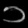
Digit: ၁